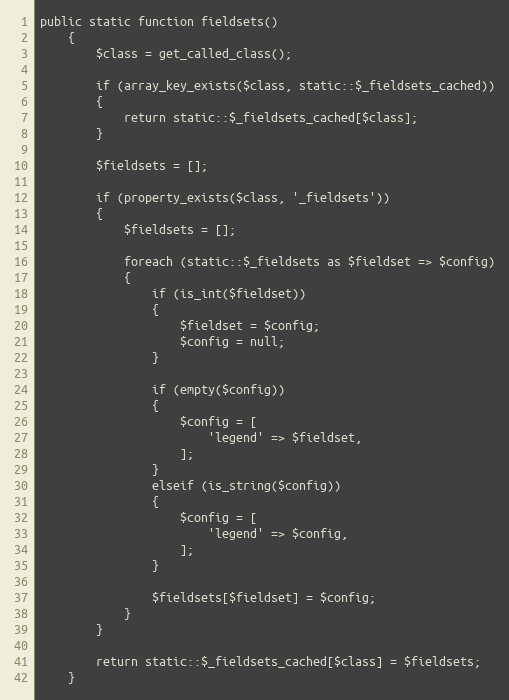
Language: PHP
public static function fieldsets()
	{
		$class = get_called_class();

		if (array_key_exists($class, static::$_fieldsets_cached))
		{
			return static::$_fieldsets_cached[$class];
		}

		$fieldsets = [];

		if (property_exists($class, '_fieldsets'))
		{
			$fieldsets = [];

			foreach (static::$_fieldsets as $fieldset => $config)
			{
				if (is_int($fieldset))
				{
					$fieldset = $config;
					$config = null;
				}

				if (empty($config))
				{
					$config = [
						'legend' => $fieldset,
					];
				}
				elseif (is_string($config))
				{
					$config = [
						'legend' => $config,
					];
				}

				$fieldsets[$fieldset] = $config;
			}
		}

		return static::$_fieldsets_cached[$class] = $fieldsets;
	}